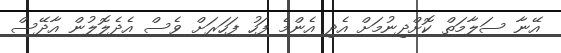
އޭނާ ސަލާމަތް ކޮށްދިނުމަށް އެދި އެންމެ ފަހު ފަހަރަށް ވެސް އެދެލޮލުން އާދޭސް